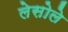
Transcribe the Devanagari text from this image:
लेसोले